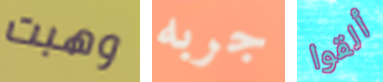
وهبت جربه ألقوا